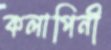
কলাপিনী